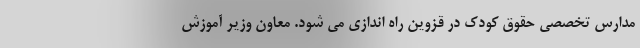
مدارس تخصصی حقوق کودک در قزوین راه اندازی می شود. معاون وزیر آموزش